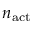
n _ { \mathrm { a c t } }